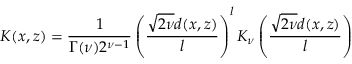
K ( x , z ) = \frac { 1 } { \Gamma ( \nu ) 2 ^ { \nu - 1 } } \left( \frac { \sqrt { 2 \nu } d ( x , z ) } { l } \right) ^ { l } K _ { \nu } \left( \frac { \sqrt { 2 \nu } d ( x , z ) } { l } \right)